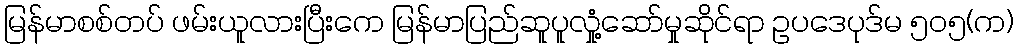
မြန်မာစစ်တပ် ဖမ်းယူလားပြီးကေ မြန်မာပြည်ဆူပူလှုံ့ဆော်မှုဆိုင်ရာ ဥပဒေပုဒ်မ ၅၀၅(က)